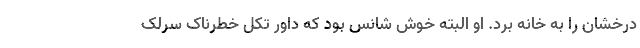
درخشان را به خانه بُرد. او البته خوش شانس بود که داور تکل خطرناک سرلک